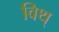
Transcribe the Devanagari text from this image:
विथ्